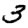
Digit: 3